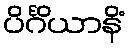
ပိင်္ဂိယာနိံ